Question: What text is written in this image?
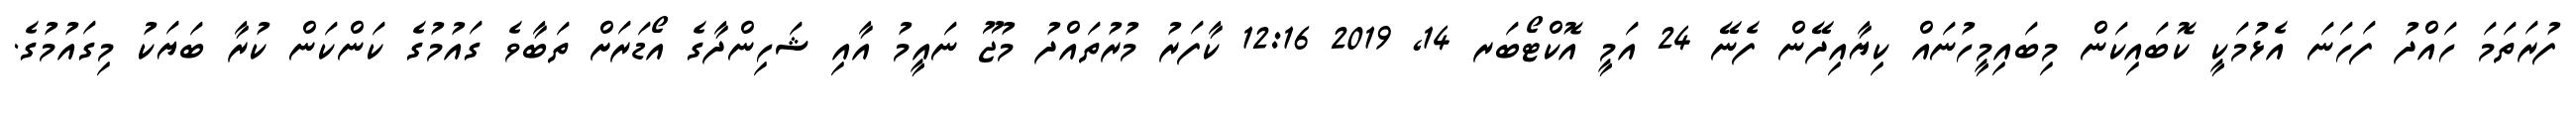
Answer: ފުރަތަމަ ހައްދު ފަހަނަ އެޅުމަކީ ކޮބައިކަން މިބައިމީހުނައް ކިޔާއިދޭން ފެނޭ 24 އަމީ އޮކްޓޯބަރ 14, 2019 12:16 ކާފަރު މުރުތައްދު މުޖޫ ނައީމު އާއި ޝަހިންދާގެ އޯޑަރަށް ތަބާވެ ގައުމުގެ ކަންކަން ކުރާ ބަޔަކު މިގައުމުގެ.